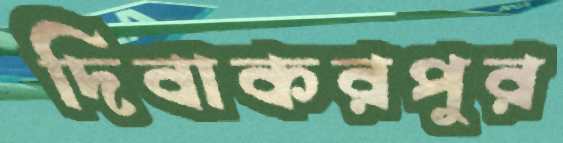
দিবাকরপুর